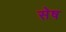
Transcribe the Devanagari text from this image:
सेष